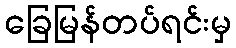
ခြေမြန်တပ်ရင်းမှ